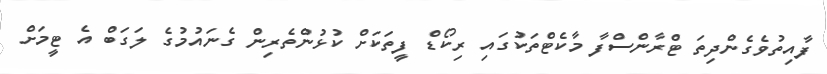
ފާއިތުވެގެންދިތަ ޓްރާންސްފާ މާކެޓްތަކުގައި ރިކޯޑް ފީތަކަށް ކުޅުންތެރިން ގެނައުމުގެ ލަގަބް އެ ޓީމަށް